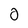
Character: 0